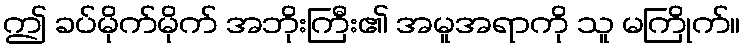
ဤ ခပ်မိုက်မိုက် အဘိုးကြီး၏ အမူအရာကို သူ မကြိုက်။